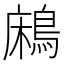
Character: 𪁱